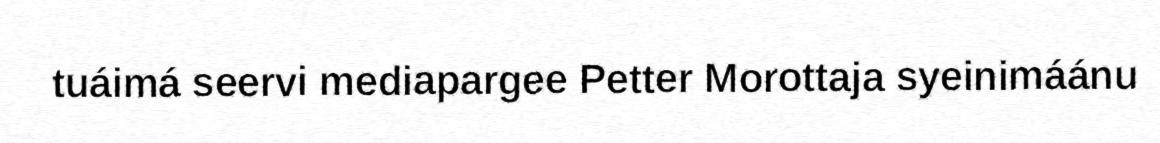
tuáimá seervi mediapargee Petter Morottaja syeinimáánu